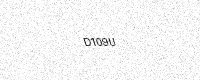
Text: D109U